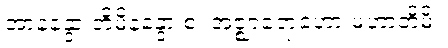
အာနန္ဒော တိမိနန္ဒော စ၊ အဇ္ဈာရောဟော မဟာတိမိ။